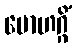
မောဟဂ္ဂိံ